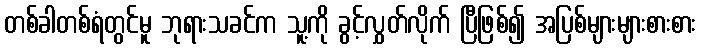
တစ်ခါတစ်ရံတွင်မူ ဘုရားသခင်က သူ့ကို ခွင့်လွှတ်လိုက် ပြီဖြစ်၍ အပြစ်များများစားစား